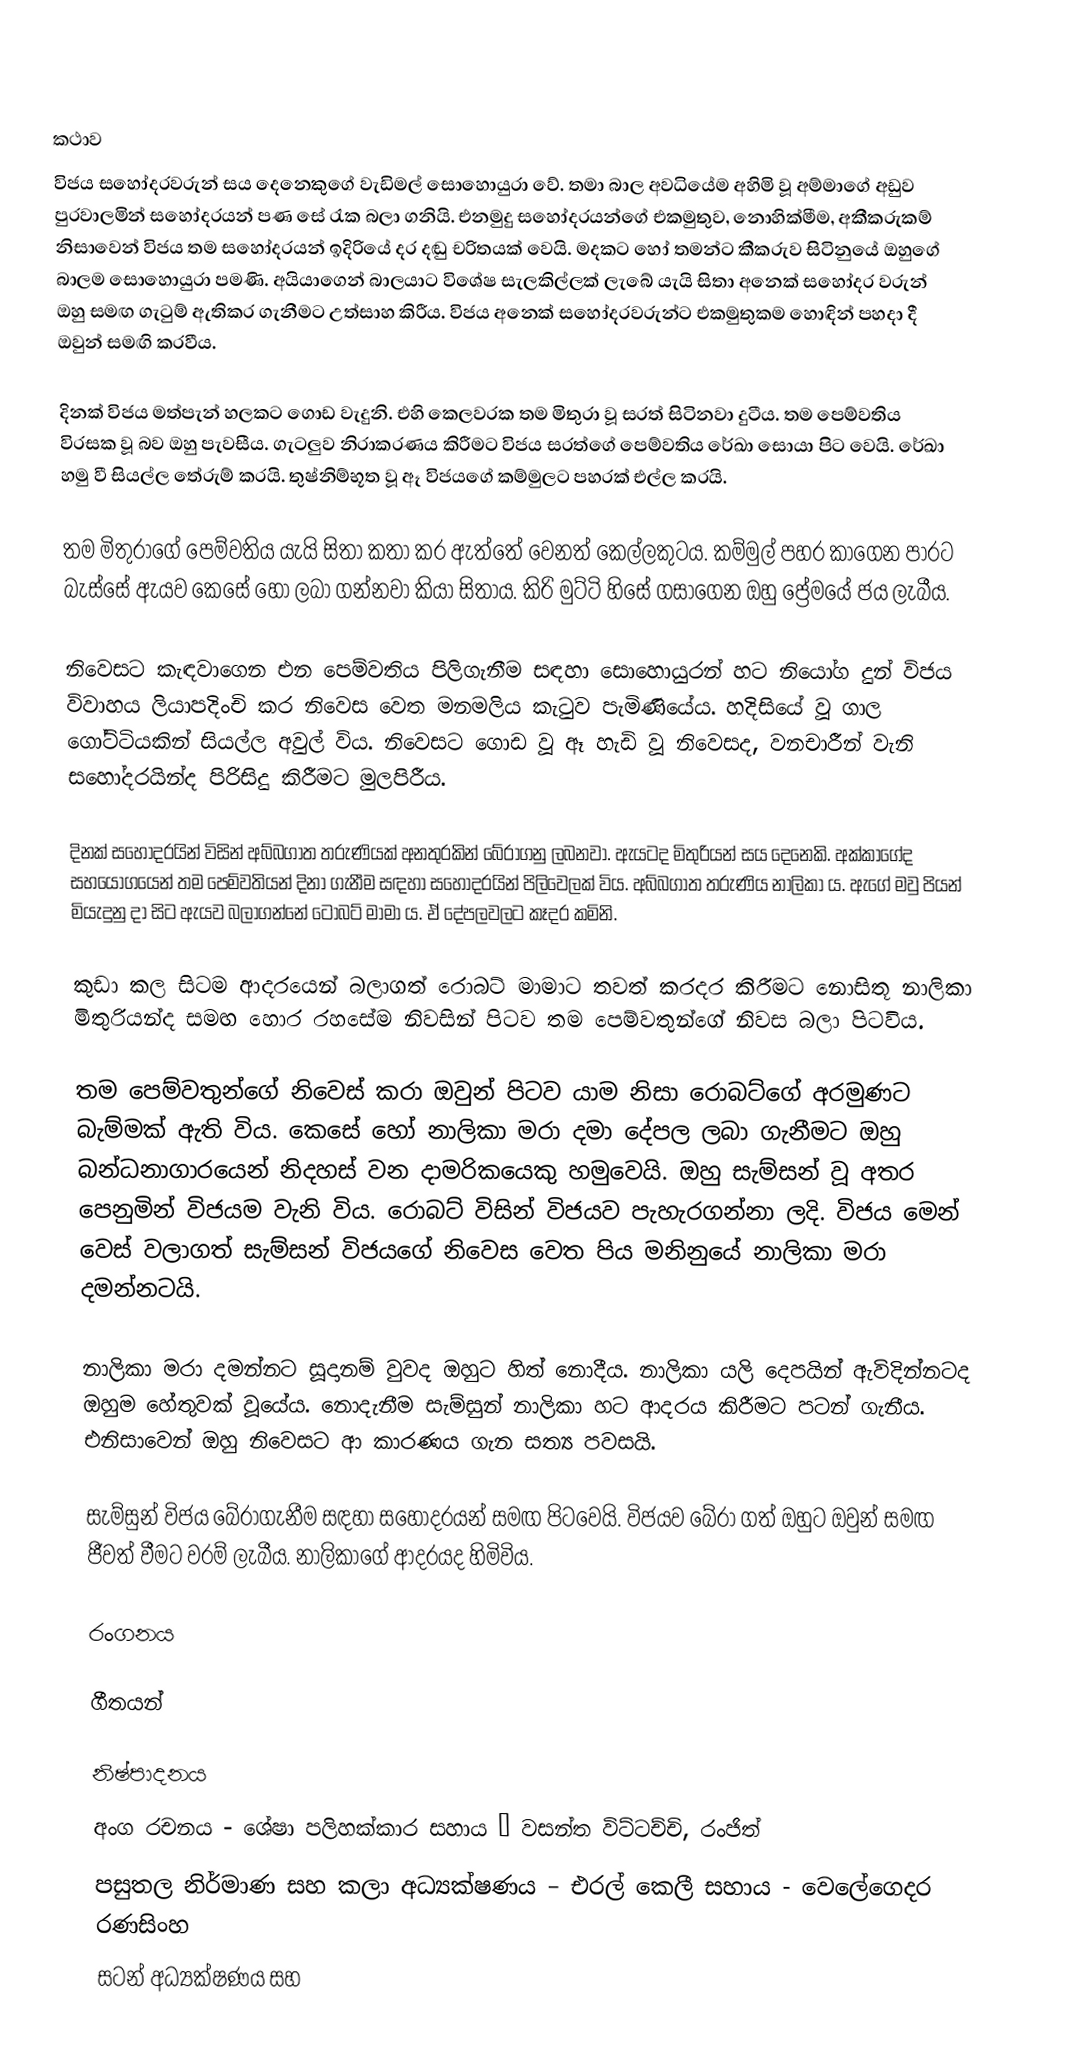

කථාව
විජය සහෝදරවරුන් සය දෙනෙකුගේ වැඩිමල් සොහොයුරා වේ. තමා බාල අවධියේම අහිමි වූ අම්මාගේ අඩුව පුරවාලමින් සහෝදරයන් පණ සේ රැක බලා ගනියි. එනමුදු සහෝදරයන්ගේ එකමුතුව, නොහික්මීම, අකීකරුකම් නිසාවෙන් විජය තම සහෝදරයන් ඉදිරියේ දර දඬු චරිතයක් වෙයි. මදකට හෝ තමන්ට කීකරුව සිටිනුයේ ඔහුගේ බාලම සොහොයුරා පමණි. අයියාගෙන් බාලයාට විශේෂ සැලකිල්ලක් ලැබේ යැයි සිතා අනෙක් සහෝදර වරුන් ඔහු සමඟ ගැටුම් ඇතිකර ගැනීමට උත්සාහ කිරීය. විජය අනෙක් සහෝදරවරුන්ට එකමුතුකම හොඳින් පහදා දී ඔවුන් සමඟි කරවීය.

දිනක් විජය මත්පැන් හලකට ගොඩ වැදුනි. එහි කෙලවරක තම මිතුරා වූ සරත් සිටිනවා දුටීය. තම පෙම්වතිය විරසක වූ බව ඔහු පැවසීය. ගැටලුව නිරාකරණය කිරීමට විජය සරත්ගේ පෙම්වතිය රේඛා සොයා පිට වෙයි. රේඛා හමු වී සියල්ල තේරුම් කරයි. තුෂ්නිම්භූත වූ ඈ විජයගේ කම්මුලට පහරක් එල්ල කරයි.

තම මිතුරාගේ පෙම්වතිය යැයි සිතා කතා කර ඇත්තේ වෙනත් කෙල්ලකුටය. කම්මුල් පහර කාගෙන පාරට බැස්සේ ඇයව කෙසේ හෝ ලබා ගන්නවා කියා සිතාය. කිරි මුට්ටි හිසේ ගසාගෙන ඔහු ප්‍රේමයේ ජය ලැබීය.

නිවෙසට කැඳවාගෙන එන පෙම්වතිය පිලිගැනීම සඳහා සොහොයුරන් හට නියෝග දුන් විජය විවාහය ලියාපදිංචි කර නිවෙස වෙත මනමලිය කැටුව පැමිණියේය. හදිසියේ වූ ගාල ගෝට්ටියකින් සියල්ල අවුල් විය. නිවෙසට ගොඩ වූ ඈ හැඩි වූ නිවෙසද, වනචාරීන් වැනි සහෝදරයින්ද පිරිසිදු කිරීමට මුලපිරීය.

දිනක් සහෝදරයින් විසින් අබ්බගාත තරුණියක් අනතුරකින් බේරාගනු ලබනවා. ඇයටද මිතුරියන් සය දෙනෙකි. අක්කාගේද සහයෝගයෙන් තම පෙම්වතියන් දිනා ගැනීම සඳහා සහෝදරයින් පිලිවෙලක් විය. අබ්බගාත තරුණිය නාලිකා ය. ඇගේ මවු පියන් මියැදුනු දා සිට ඇයව බලාගන්නේ ටොබට් මාමා ය. ඒ දේපලවලට කෑදර කමිනි.

කුඩා කල සිටම ආදරයෙන් බලාගත් රොබට් මාමාට තවත් කරදර කිරීමට නොසිතූ නාලිකා මිතුරියන්ද සමඟ හොර රහසේම නිවසින් පිටව තම පෙම්වතුන්ගේ නිවස බලා පිටවිය.

තම පෙම්වතුන්ගේ නිවෙස් කරා ඔවුන් පිටව යාම නිසා රොබට්ගේ අරමුණට බැම්මක් ඇති විය. කෙසේ හෝ නාලිකා මරා දමා දේපල ලබා ගැනීමට ඔහු බන්ධනාගාරයෙන් නිදහස් වන දාමරිකයෙකු හමුවෙයි. ඔහු සැම්සන්‍ වූ අතර පෙනුමින් විජයම වැනි විය. රොබට් විසින් විජයව පැහැරගන්නා ලදි. විජය මෙන් වෙස් වලාගත් සැම්සන් විජයගේ නිවෙස වෙත පිය මනිනුයේ නාලිකා මරා දමන්නටයි.

නාලිකා මරා දමන්නට සූදානම් වුවද ඔහුට හිත් නොදීය. නාලිකා යලි දෙපයින් ඇවිදින්නටද ඔහුම හේතුවක් වූයේය. නොදැනීම සැම්සුන් නාලිකා හට ආදරය කිරීමට පටන් ගැනීය. එනිසාවෙන් ඔහු නිවෙසට ආ කාරණය ගැන සත්‍ය පවසයි.

සැම්සුන් විජය බේරාගැනීම සඳහා සහෝදරයන් සමඟ පිටවෙයි. විජයව බේරා ගත් ඔහුට ඔවුන් සමඟ ජීවත් වීමට වරම් ලැබීය. නාලිකාගේ ආදරයද හිමිවිය.

රංගනය

ගීතයන්

නිෂ්පාදනය
අංග රචනය - ශේෂා පලිහක්කාර සහාය – වසන්ත විට්ටච්චි, රංජිත්
පසුතල නිර්මාණ සහ කලා අධ්‍යක්ෂණය – එරල් කෙලී සහාය - වෙලේගෙදර රණසිංහ
සටන් අධ්‍යක්ෂණය සහ